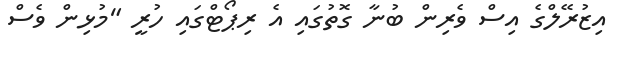
އިޒުރޭލްގެ އިސް ވެރިން ބުނާ ގޮތުގައި އެ ރިޕޯޓްގައި ހުރީ "މުޅިން ވެސް